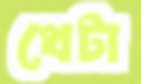
থেটা